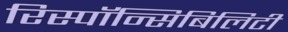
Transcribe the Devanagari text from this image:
रिस्पॉन्सिबिलिटी